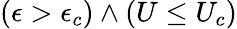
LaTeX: (\epsilon>\epsilon_{c})\wedge(U\leq U_{c})